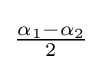
{\tfrac {\alpha _{1}-\alpha _{2}}{2}}